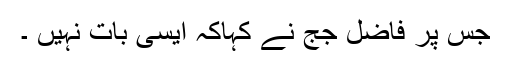
جس پر فاضل جج نے کہاکہ ایسی بات نہیں ۔